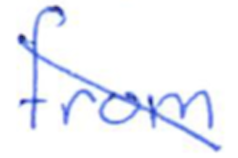
Text: from
Cross-out: diagonal
Writing tool: ballpoint